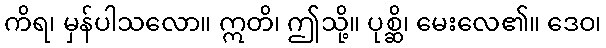
ကိရ၊ မှန်ပါသလော။ ဣတိ၊ ဤသို့။ ပုစ္ဆိ၊ မေးလေ၏။ ဒေဝ၊